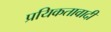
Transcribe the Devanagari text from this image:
प्रयिकतावादी